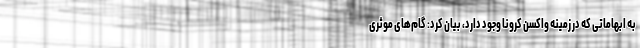
به ابهاماتی که در زمینه واکسن کرونا وجود دارد، بیان کرد: گام‌های موثری